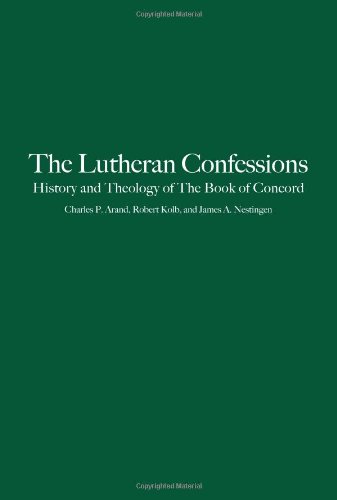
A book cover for The Lutheran Confessions: History and Theology of the Book of Concord; Charles P. Arand; Christian Books & Bibles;